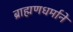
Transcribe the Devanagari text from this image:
ब्राह्मणधर्माने